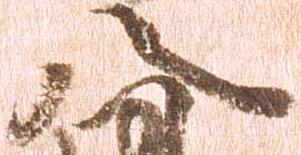
八